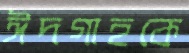
ঈদগাহকে